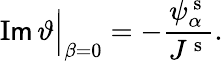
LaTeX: \operatorname{I\mathsf{m}}\vartheta\Big\vert_{\beta=0}=-\frac{{\psi_{\alpha}^{\mathrm{{~s~}}}}}{{J^{\mathrm{{~s~}}}}}.